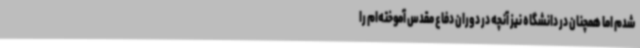
شدم اما همچنان در دانشگاه نیز آنچه در دوران دفاع مقدس آموخته‌ام را